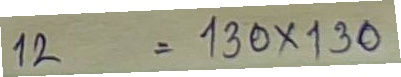
12 = 130 x 130